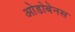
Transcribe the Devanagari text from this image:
ओडोबेनस